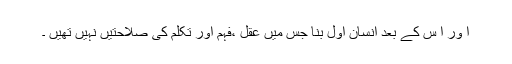
ا ور ا س کے بعد انسان اول بنا جس میں عقل ،فہم اور تکلم کی صلاحتیں نہیں تھیں ۔